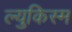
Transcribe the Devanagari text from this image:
ल्युकिस्म